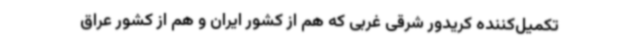
تکمیل‌کننده کریدور شرقی غربی که هم از کشور ایران و هم از کشور عراق